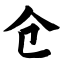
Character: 仓